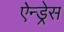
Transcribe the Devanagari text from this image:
ऐन्‍ड्रेस